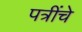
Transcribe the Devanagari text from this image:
पत्रींचे